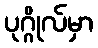
ပုဂ္ဂိုလ်မှာ